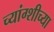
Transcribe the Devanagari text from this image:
च्यांग्शीच्या